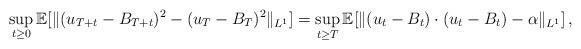
LaTeX: \begin{align*}\sup_{t\geq 0}\mathbb{E}[\|(u_{T+t}-B_{T+t})^2-(u_{T}-B_T)^2\|_{L^1}]= \sup_{t\geq T}\mathbb{E}[\|(u_{t}-B_{t})\cdot(u_t-B_t)-\alpha\|_{L^1}]\, ,\end{align*}